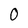
Character: O